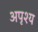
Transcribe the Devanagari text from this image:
अपृश्‍य